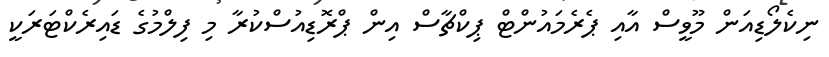
ނިކެލޯޑިއަން މޫވީސް އާއި ޕެރެމައުންޓް ޕިކްޗާސް އިން ޕްރޮޑިއުސްކުރާ މި ފިލްމުގެ ޑައިރެކްޓަރަކީ